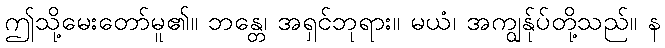
ဤသို့မေးတော်မူ၏။ ဘန္တေ၊ အရှင်ဘုရား။ မယံ၊ အကျွန်ုပ်တို့သည်။ န